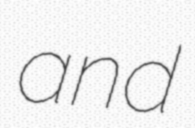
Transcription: and